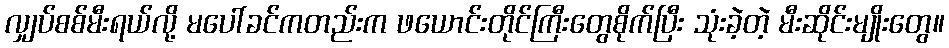
လျှပ်စစ်မီးရယ်လို့ မပေါ်ခင်ကတည်းက ဖယောင်းတိုင်ကြီးတွေစိုက်ပြီး သုံးခဲ့တဲ့ မီးဆိုင်းမျိုးတွေ။